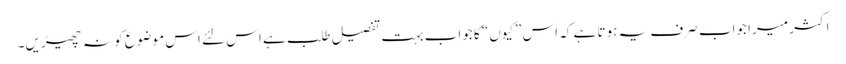
اکثر میرا جواب صرف یہ ہوتا ہے کہ اس ”کیوں“ کا جواب بہت تفصیل طلب ہے اس لئے اس موضوع کو نہ چھیڑیں۔